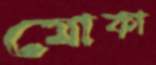
মোকা